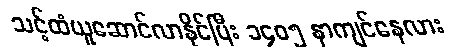
သင့်ထံယူဆောင်လာနိုင်ပြီး ၁၄၀၅ နာကျင်နေလား